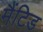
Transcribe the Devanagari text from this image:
मैंटिड